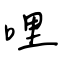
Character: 哩